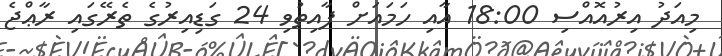
މިއަދު އިރުއޮއްސި 18:00 އާއި ހަމައަށް ފާއިތުވި 24 ގަޑިއިރުގެ ތެރޭގައި ރާޢްޖެ